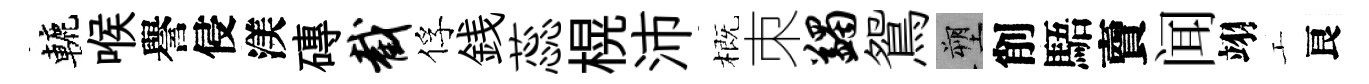
轆喉譽侵渼磚截俘銭蕊榥沛概朿蠲鴛塑削䮏𧶠闻翊工良